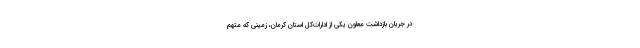
در جریان بازداشت معاون یکی از ادارات‌کل استان کرمان، زمینی که متهم